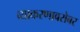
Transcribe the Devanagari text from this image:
व्याकरणाबरोबर